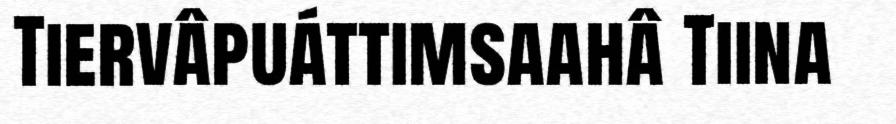
Tiervâpuáttimsaahâ Tiina